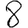
Digit: 8